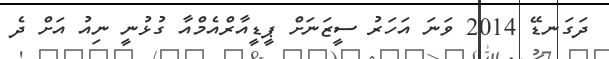
ދަގަނޑޭ 2014 ވަނަ އަހަރު ސީޒަނަށް ޕީޑީއާރްއެމްއާ ގުޅުނީ ނިއު އަށް ދެ